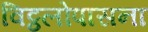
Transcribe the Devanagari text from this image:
विट्ठलोपासना